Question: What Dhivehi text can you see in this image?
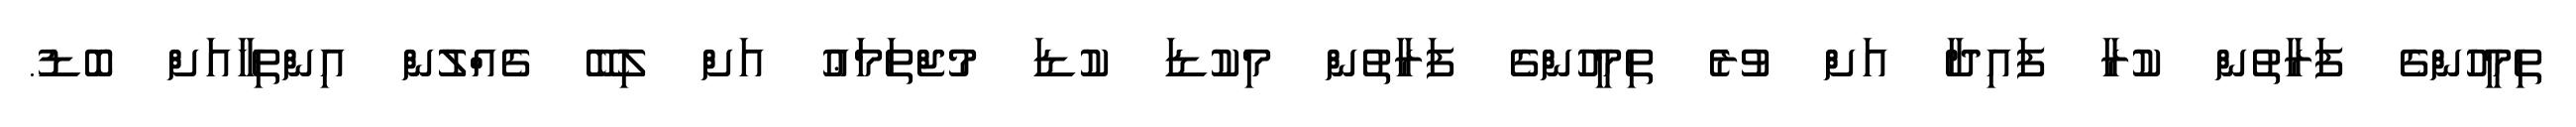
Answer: ތިމީހުންގެ ފަރާތުން ކުރާ ފައިދާ އަށް ވުރެ ތިމީހުންގެ ފަރާތުން މިކުޑަ ކުޑަ މުޖްތަމަޢު އަށް ލިބޭ ގެއްލުން އިންތިހާއަށް ބޮޑު.